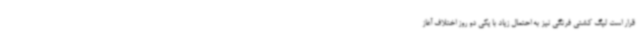
قرار است لیگ کشتی فرنگی نیز به احتمال زیاد با یکی دو روز اختلاف آغاز